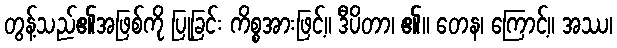
တွန့်သည်၏အဖြစ်ကို ပြုခြင်း ကိစ္စအားဖြင့်။ ဒီပိတာ၊ ၏။ တေန၊ ကြောင့်။ အဿ၊